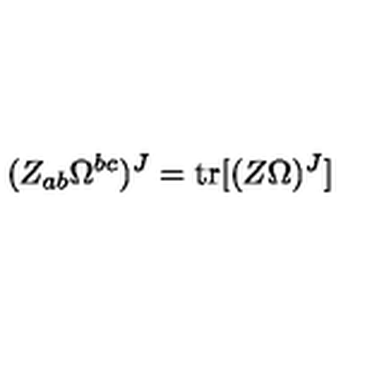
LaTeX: ( Z _ { a b } \Omega ^ { b c } ) ^ { J } = \mathrm { t r } [ ( Z \Omega ) ^ { J } ]